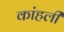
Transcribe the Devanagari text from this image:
कांहली